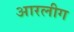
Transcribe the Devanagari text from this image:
आरलीग